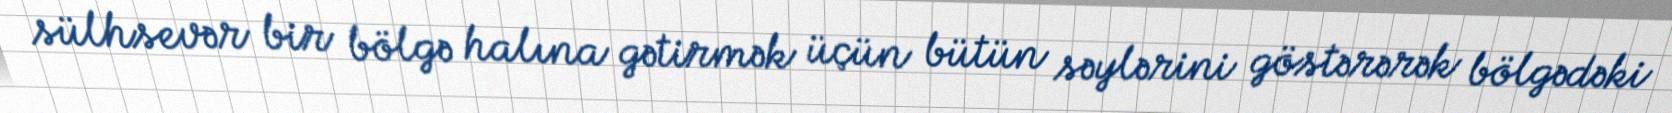
sülhsevər bir bölgə halına gətirmək üçün bütün səylərini göstərərək bölgədəki